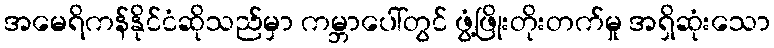
အမေရိကန်နိုင်ငံဆိုသည်မှာ ကမ္ဘာပေါ်တွင် ဖွံ့ဖြိုးတိုးတက်မှု အရှိဆုံးသော